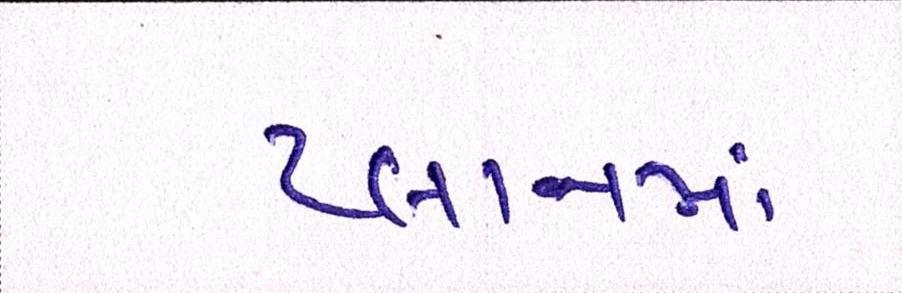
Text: પ્લાનમાં